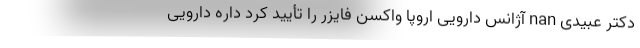
دکتر عبیدی nan آژانس دارویی اروپا واکسن فایزر را تأیید کرد داره دارویی